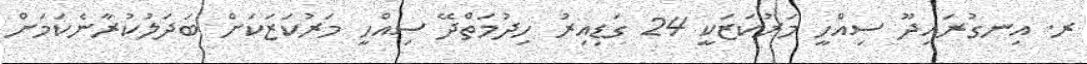
ރ. އިނގުރައިދޫ ސިއްހީ މަރުކަޒަކީ 24 ގަޑިއިރު ހިދުމަތްދޭ ސިއްހީ މަރުކަޒަކަށް ބަދަލުކުރާނެކަމަށް